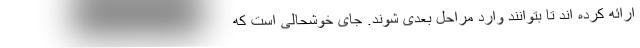
ارائه کرده اند تا بتوانند وارد مراحل بعدی شوند. جای خوشحالی است که